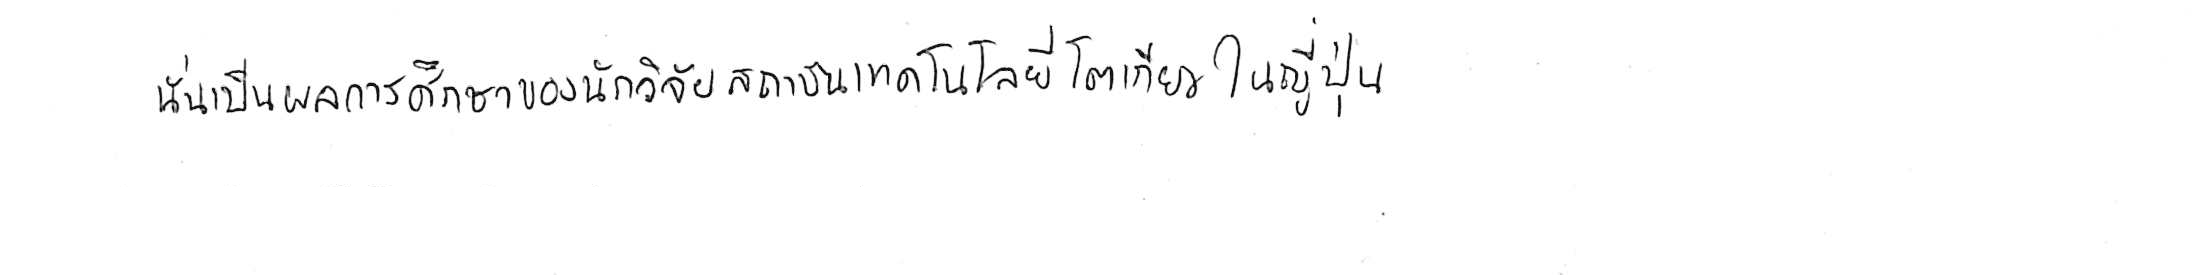
นั่นเป็นผลการศึกษาของนักวิจัยสถาบันเทคโนโลยีโตเกียว ในญี่ปุ่น